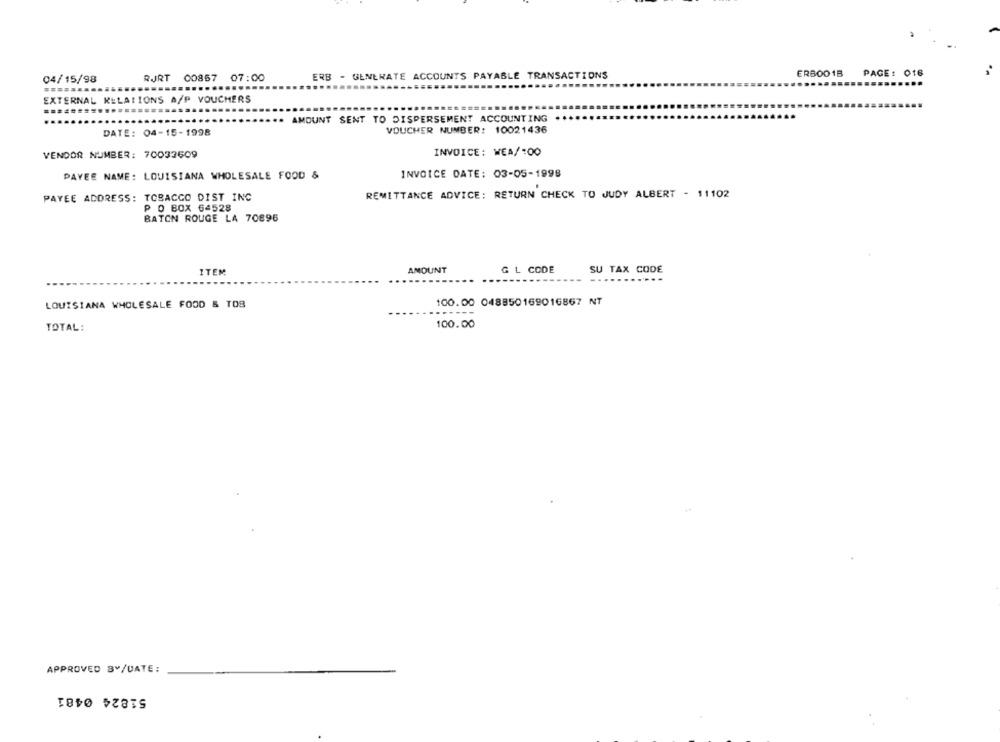
ERB - GENERATE ACCOUNTS PAYABLE TRANSACTIONS
ERBOO1B
PAGE: 016
04/15/98
RJRT 00857 07:00
----
EXTERNAL RELATIONS A/P VOUCHERS
AMOUNT SENT TO DISPERSEMENT ACCOUNTING
DATE: 04-15-1998
VOUCHER NUMBER: 10021436
VENDOR NUMBER: 70033609
INVOICE: WEA/:00
PAYEE NAME: LOUISIANA WHOLESALE FOOD &
INVOICE DATE: 03-05-1998
REMITTANCE ADVICE: RETURN CHECK TO JUDY ALBERT - 11102
PAYEE ADDRESS: TOBACCO DIST INC
P O BOX 64528
BATON ROUGE LA 70896
ITEM
AMOUNT
G L CODE
SU TAX CODE
LOUISIANA WHOLESALE FOOD & TOS
100.00 048850169016867 NT
100.00
TOTAL:
APPROVED BY/DATE:
51824 0481